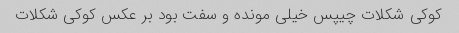
کوکی شکلات چیپس خیلی مونده و سفت بود بر عکس کوکی شکلات